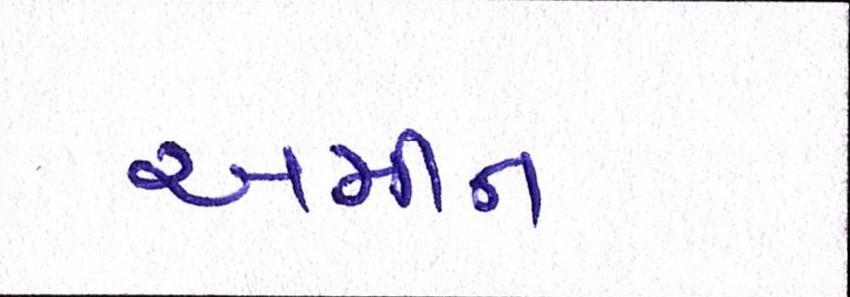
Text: અમીન